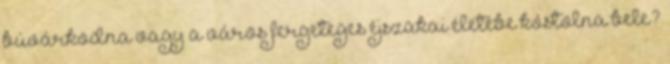
búvárkodna vagy a város fergeteges éjszakai életébe kóstolna bele?